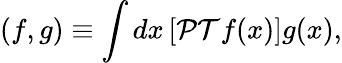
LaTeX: (f,g)\equiv\int dx\, [{\cal PT}f(x)]g(x),